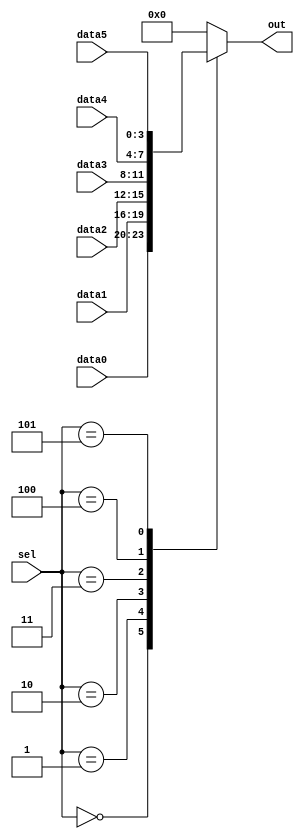
// synthesis verilog_input_version verilog_2001
module top_module ( 
    input [2:0] sel, 
    input [3:0] data0,
    input [3:0] data1,
    input [3:0] data2,
    input [3:0] data3,
    input [3:0] data4,
    input [3:0] data5,
    output reg [3:0] out   );//

    always@(*) begin  // This is a combinational circuit
        case(sel)
            0 : out = data0;
            1 : out = data1;
            2 : out = data2;
            3 : out = data3;
            4 : out = data4;
            5 : out = data5;
            default : out = 0;
        endcase
    end

endmodule